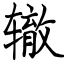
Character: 辙